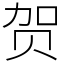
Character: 贺